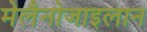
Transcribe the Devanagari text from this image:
मेलैनोजाइलान